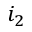
i _ { 2 }